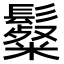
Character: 𩯞